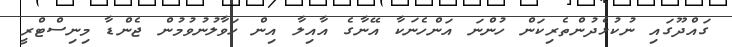
ގައްދޫގައި ނުކުޅެދުންތެރިކަން ހުންނަ އަންހެނަކާ އޭނާގެ އާއިލާ އިން ހަވާލުނުވުމުން ޖެންޑާ މިނިސްޓްރީ